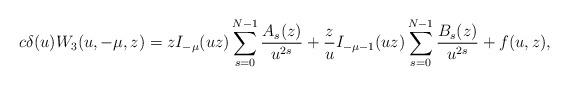
LaTeX: \begin{align*}c\delta(u)W_3(u,-\mu,z)=zI_{-\mu}(uz)\sum_{s=0}^{N-1}\frac{A_s(z)}{u^{2s}}+\frac{z}{u}I_{-\mu-1}(uz)\sum_{s=0}^{N-1} \frac{B_s(z)}{u^{2s}}+f(u,z),\end{align*}